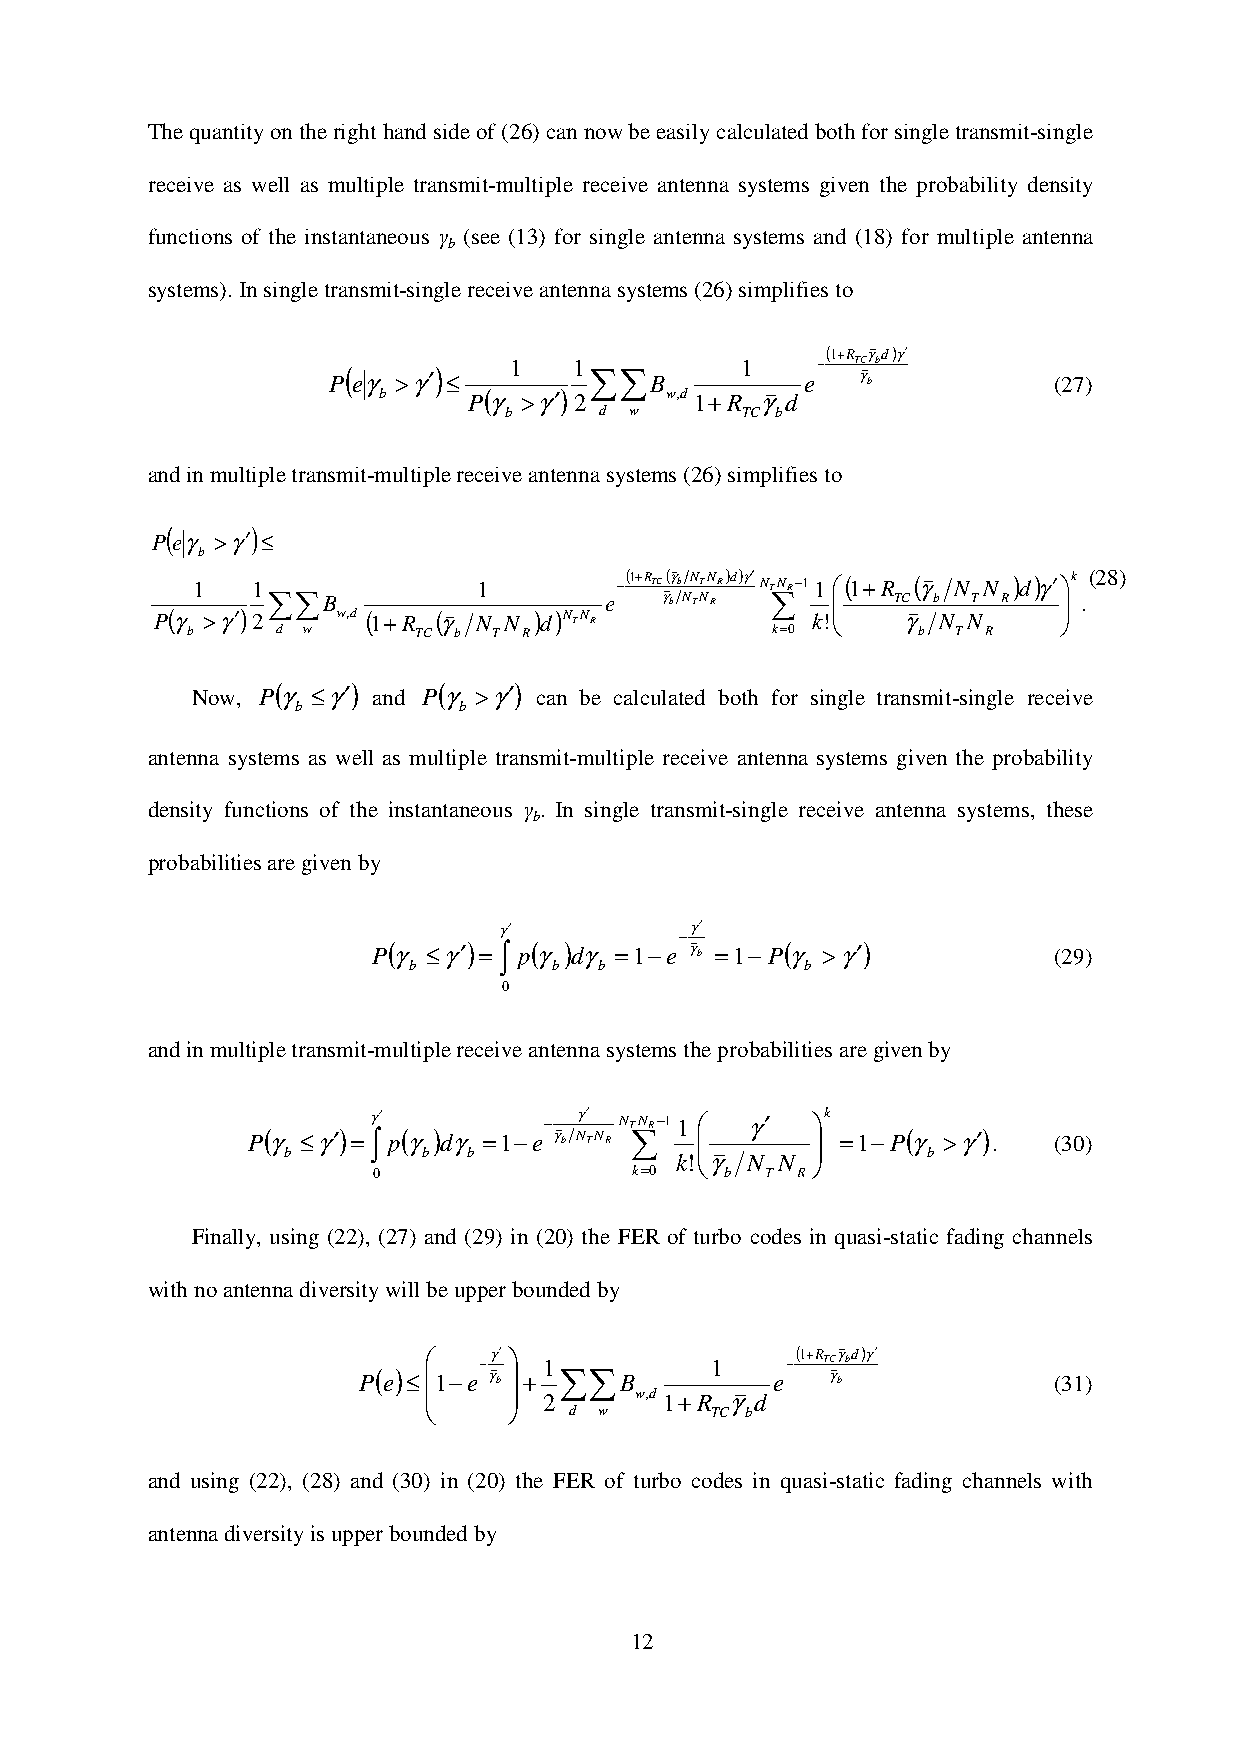
The quantity on the right hand side of (26) can now be easily calculated both for single transmit-single
 receive as well as multiple transmit-multiple receive antenna systems given the probability density
 functions of the instantaneous γ (see (13) for single antenna systems and (18) for multiple antenna
 b
 systems). In single transmit-single receive antenna systems (26) simplifies to
 (1+R γd)γ′
 P(
 eγ
 >γ′)
 ≤
 1   1 ∑∑
 B
 1   e−  T γC bb
 (27)
 b     P( γ >γ′) 2  w,d 1+R γ d
 b      d w      TC b
 and in multiple transmit-multiple receive antenna systems (26) simplifies to
 (     )
 P eγ >γ′ ≤
 b
 P(γ1 >γ′)1
 2∑∑ B
 w,d (1+R (γ
 N1
 N )d)N TN R
 e−(1+R TC γ(γ bb NN TT NN RR)d)γ′N T∑N R−1 k1
 !
 (1+R
 TC
 γ(γ
 b
 NN NTN R)d)γ′
 
 k .(28)
 b     d w      TC b  T R               k=0       b T R
 Now,
 P(
 γ
 ≤γ′)
 and
 P(
 γ
 >γ′)
 can be calculated both for single transmit-single receive
 b         b
 antenna systems as well as multiple transmit-multiple receive antenna systems given the probability
 density functions of the instantaneous γ . In single transmit-single receive antenna systems, these
 b
 probabilities are given by
 γ′           γ′
 −
 P( γ ≤γ′) = ∫ p( γ )dγ =1−e γ b =1−P( γ >γ′) (29)
 b         b  b            b
 0
 and in multiple transmit-multiple receive antenna systems the probabilities are given by
 P( γ ≤γ′)
 =γ ∫′
 p( γ )dγ
 =1−e−
 γ b
 Nγ T′
 N R
 N T∑N R−11  γ′ k
 =1−P( γ >γ′) . (30)
 b        b  b             k!γ N N       b
 0                k=0   b  T R
 Finally, using (22), (27) and (29) in (20) the FER of turbo codes in quasi-static fading channels
 with no antenna diversity will be upper bounded by
    γ′                  (1+R γd)γ′
 P(e) ≤ 1−e− γ b  + 1 ∑∑ B 1 e− T γC bb      (31)
       2     w,d 1+R γ d
         d w      TC b
 and using (22), (28) and (30) in (20) the FER of turbo codes in quasi-static fading channels with
 antenna diversity is upper bounded by
 12